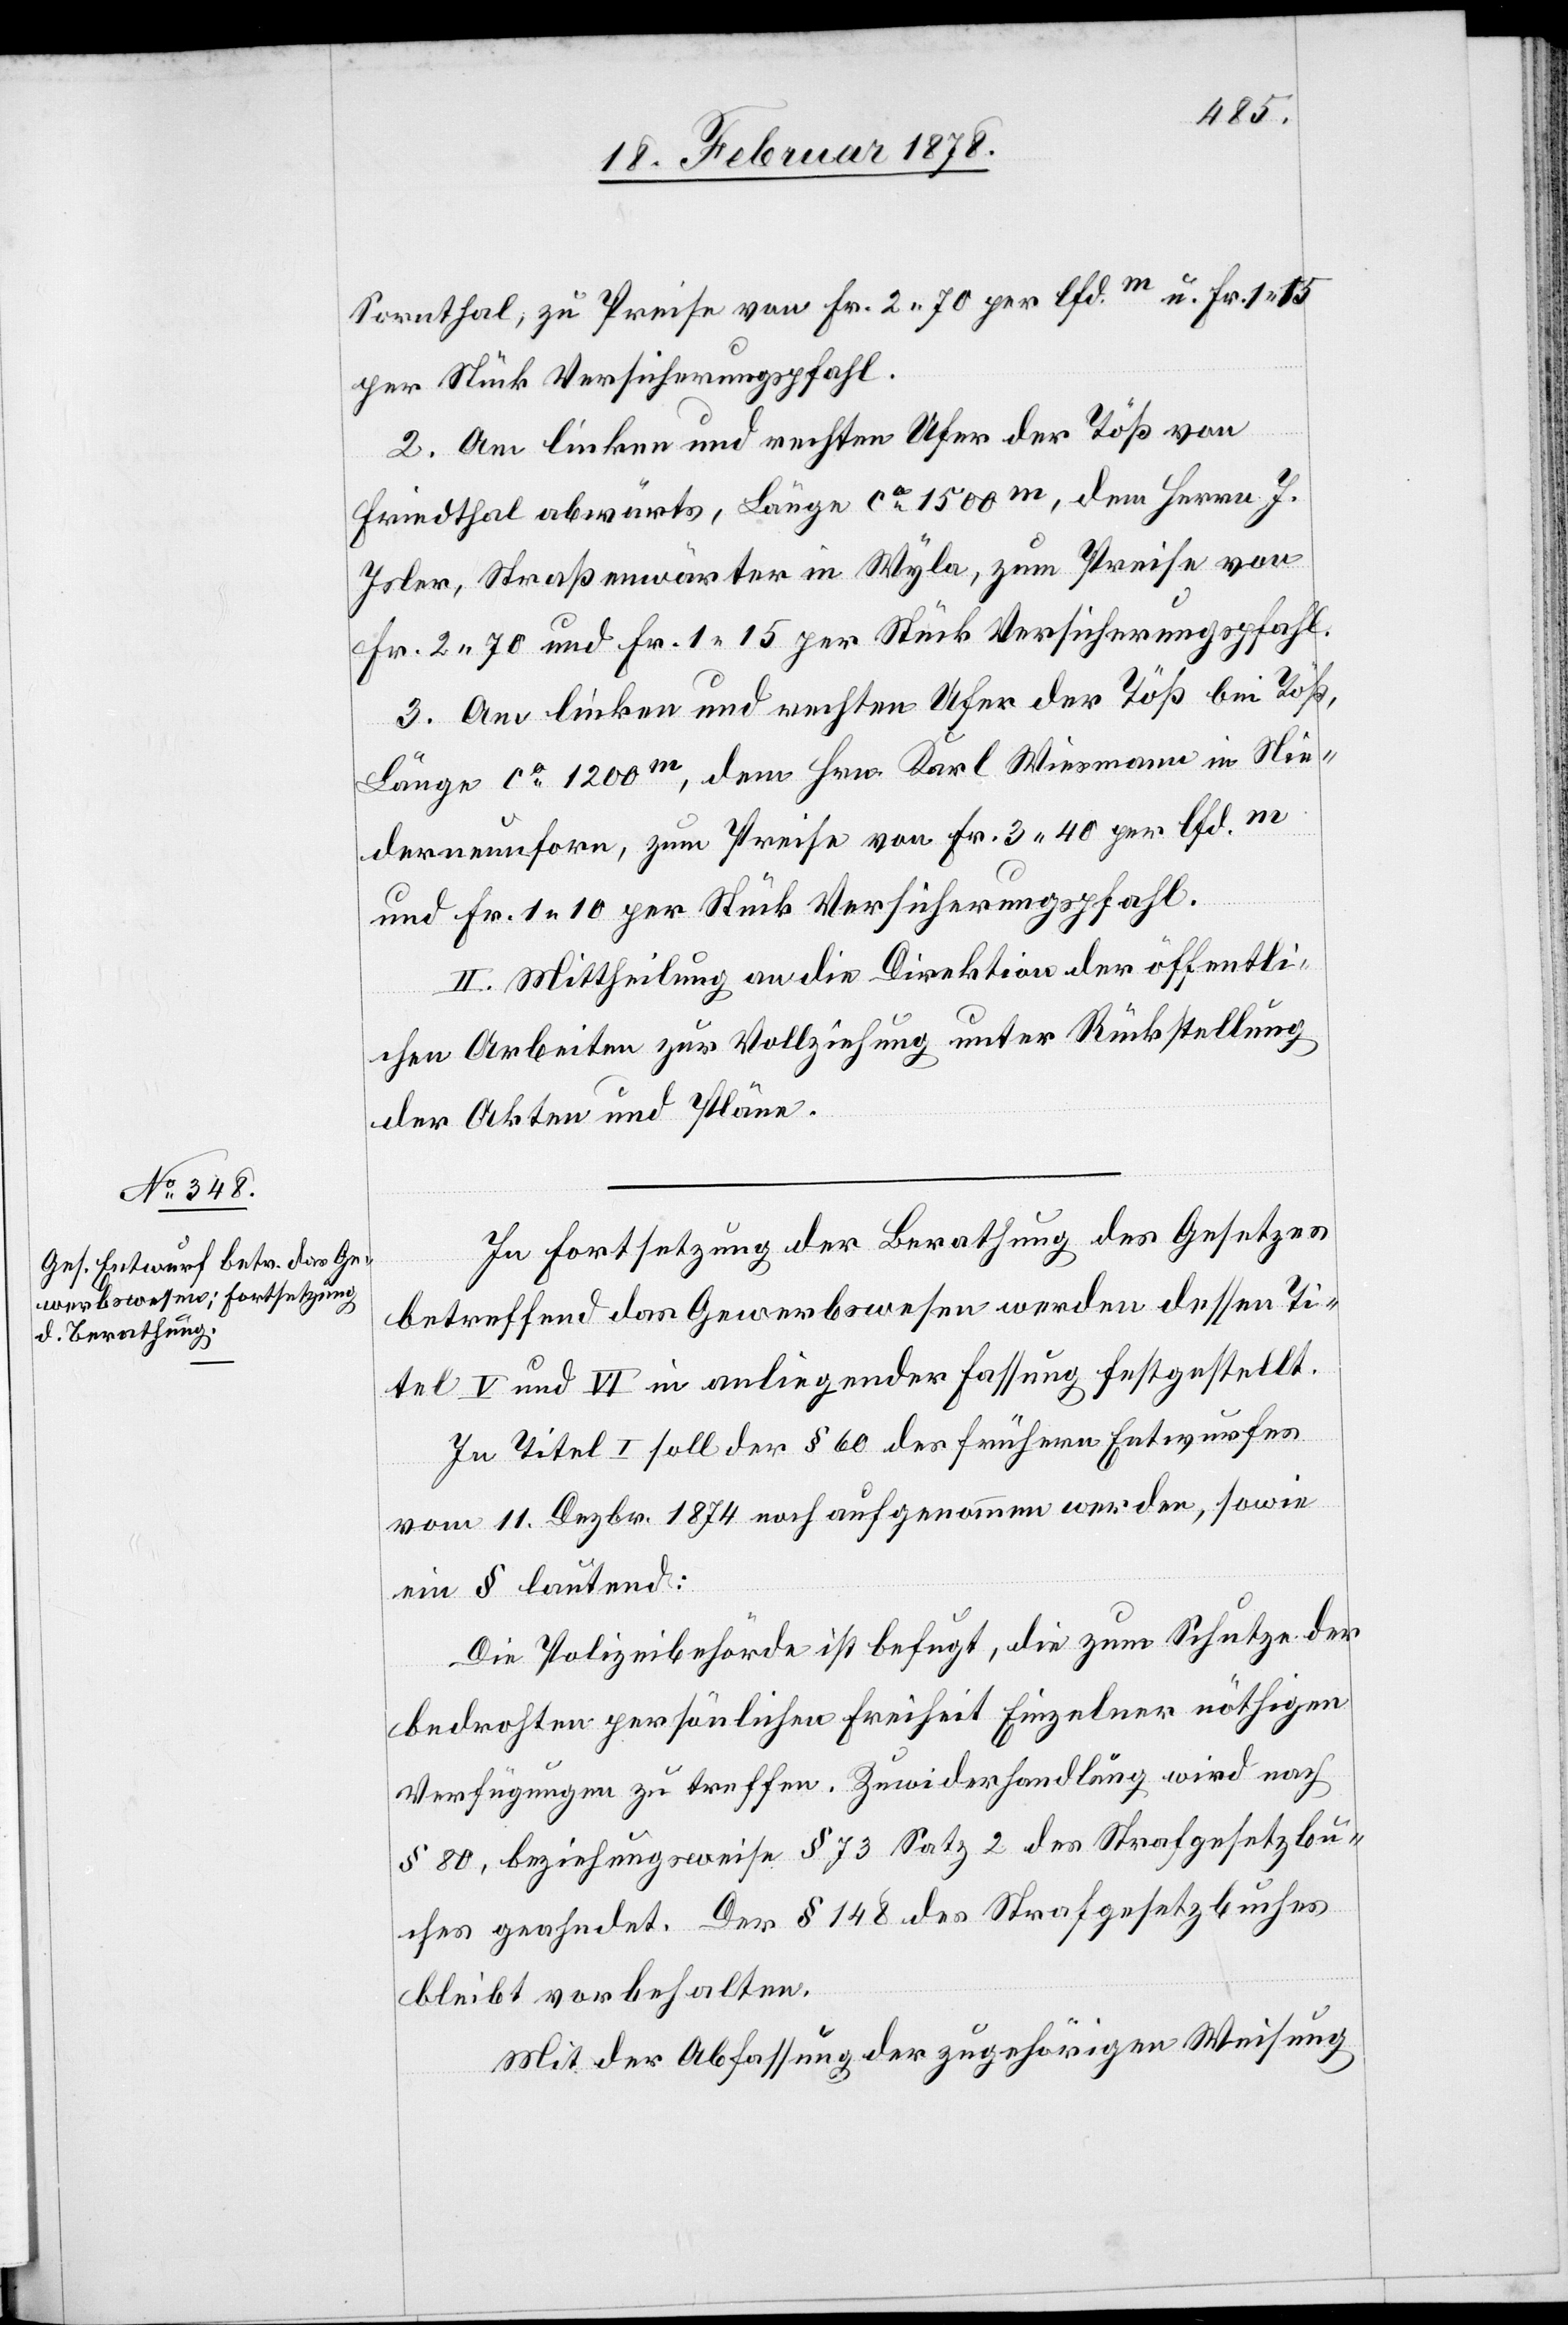
Sorenthal, zu[m] Preise von Fr. 2 70 per lfd.m u. Fr. 1. 15
per Stück Versicherungspfahl.
2. Am linken und rechten Ufer der Töß von
Friedthal abwärts, Länge ca 1500m, dem Herrn J.
Isler, Straßenwärter in Wyla, zum Preise von
Fr. 2. 70 und Fr. 1. 15 per Stück Versicherungspfahl.
3. Am linken und rechten Ufer der Töß bei Töß,
Länge ca 1200m, dem Hrn. Karl Wiesmann in Nie¬
derneunforn, zum Preise von Fr. 3 40 per lfd.m
und Fr. 1. 10 per Stück Versicherungspfahl.
II. Mittheilung an die Direktion der öffentli¬
chen Arbeiten zur Vollziehung unter Rückstellung
der Akten und Pläne.
In Fortsetzung der Berathung des Gesetzes
betreffend das Gewerbewesen werden dessen Ti¬
tel V und VI in anliegender Fassung festgestellt.
In Titel I soll der § 60 des frühern Entwurfes
vom 11. Dezbr. 1874 noch aufgenommen werden, sowie
ein § lautend:
Die Polizeibehörde ist befugt, die zum Schutze der
bedrohten persönlichen Freiheit Einzelner nöthigen
Verfügungen zu treffen. Zuwiderhandlung wird nach
§ 80, beziehungsweise § 73 Satz 2 des Strafgesetzbu¬
ches geahndet. Der § 148 des Strafgesetzbuches
bleibt vorbehalten.
Mit der Abfassung der zugehörigen Weisung